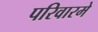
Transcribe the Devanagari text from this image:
परिवारमे